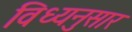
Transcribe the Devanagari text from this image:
विध्यनुसार